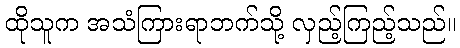
ထိုသူက အသံကြားရာဘက်သို့ လှည့်ကြည့်သည်။